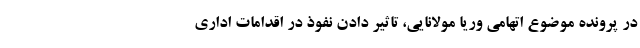
در پرونده موضوع اتهامی وریا مولانایی، تاثیر دادن نفوذ در اقدامات اداری